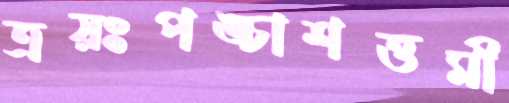
ত্রয়ঃপঙ্চাশত্তমী